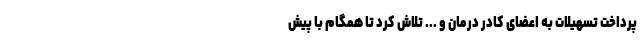
پرداخت تسهیلات به اعضای کادر درمان و ... تلاش کرد تا همگام با پیش